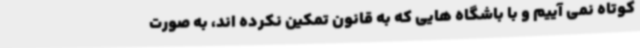
کوتاه نمی آییم و با باشگاه هایی که به قانون تمکین نکرده اند، به صورت